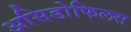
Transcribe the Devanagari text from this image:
असिडोफिलस